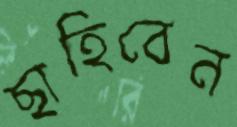
ছাহিবেন